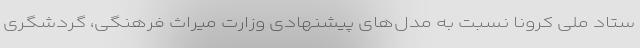
ستاد ملی کرونا نسبت به مدل‌های پیشنهادی وزارت میراث فرهنگی، گردشگری